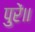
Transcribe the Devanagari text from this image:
पुरें॥